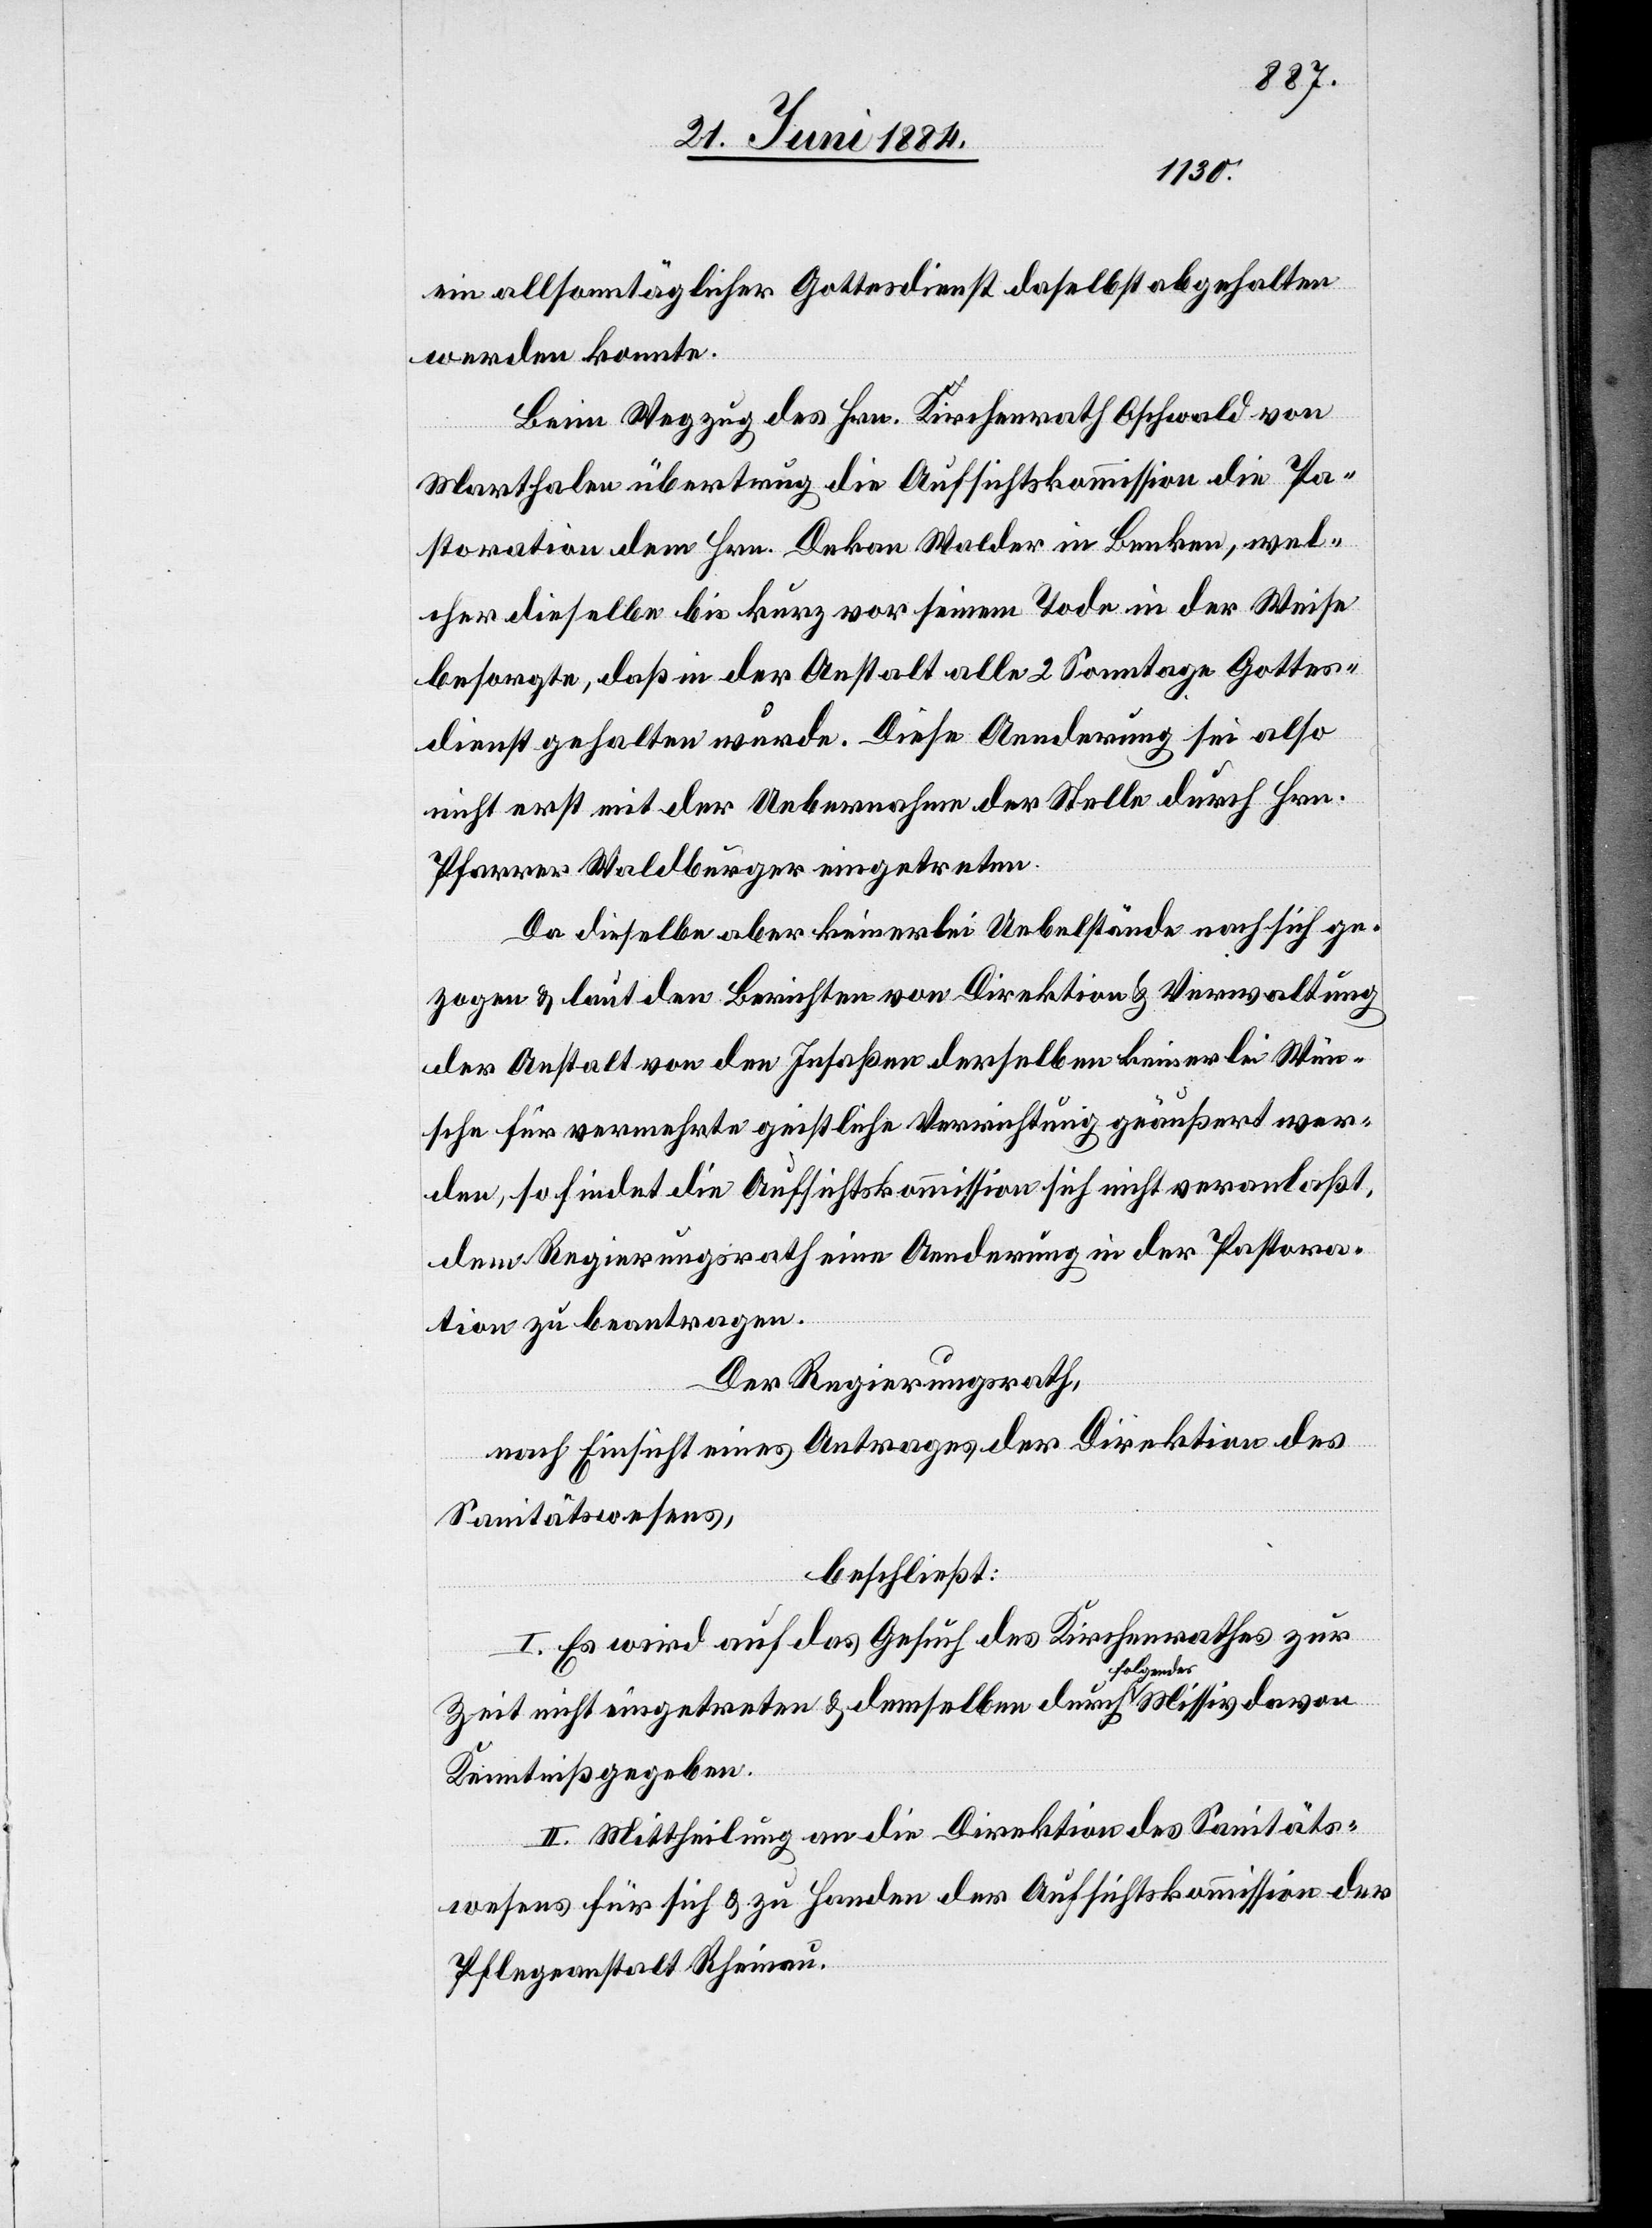
ein allsonntäglicher Gottesdienst daselbst abgehalten
werden konnte.
Beim Wegzug des Hrn. Kirchenrath Oschwald von
davon
Marthalen übertrug die Aufsichtskommission die Pa¬
storation dem Hrn. Dekan Walder in Benken, wel¬
cher dieselbe bis kurz vor seinem Tode in der Weise
besorgte, daß in der Anstalt alle 2 Sonntage Gottes¬
dienst gehalten wurde. Diese Aenderung sei also
nicht erst mit der Uebernahme der Stelle durch Hrn.
Pfarrer Waldburger eingetreten.
Da dieselbe aber keinerlei Uebelstände nach sich ge¬
zogen & laut den Berichten von Direktion & Verwaltung
der Anstalt von den Insaßen derselben keinerlei Wün¬
sche für vermehrte geistliche Verrichtung geäußert wer¬
den, so findet die Aufsichtskommission sich nicht veranlaßt,
dem Regierungsrath eine Aenderung in der Pastora¬
tion zu beantragen.
Der Regierungsrath,
nach Einsicht eines Antrages der Direktion des
Sanitätswesens,
beschließt:
I. Es wird auf das Gesuch des Kirchenrathes zur
Zeit nicht eingetreten & demselben durch folgendes
Kenntniß gegeben:
II. Mittheilung an die Direktion des Sanitäts¬
rathes für sich & zu Handen der Aufsichtskommission der
Pflegeanstalt Rheinau.